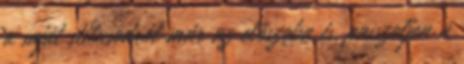
a saját stílusodról már az előszoba is, passzoljon a